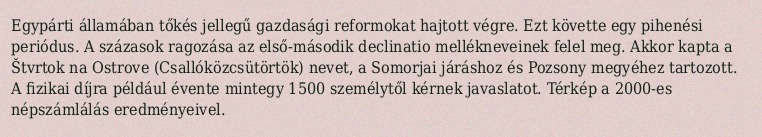
Egypárti államában tőkés jellegű gazdasági reformokat hajtott végre. Ezt követte egy pihenési periódus. A százasok ragozása az első-második declinatio mellékneveinek felel meg. Akkor kapta a Štvrtok na Ostrove (Csallóközcsütörtök) nevet, a Somorjai járáshoz és Pozsony megyéhez tartozott. A fizikai díjra például évente mintegy 1500 személytől kérnek javaslatot. Térkép a 2000-es népszámlálás eredményeivel.